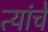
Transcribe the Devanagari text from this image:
त्यांंचेे